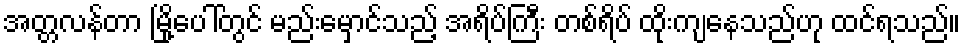
အတ္တလန်တာ မြို့ပေါ်တွင် မည်းမှောင်သည့် အရိပ်ကြီး တစ်ရိပ် ထိုးကျနေသည်ဟု ထင်ရသည်။